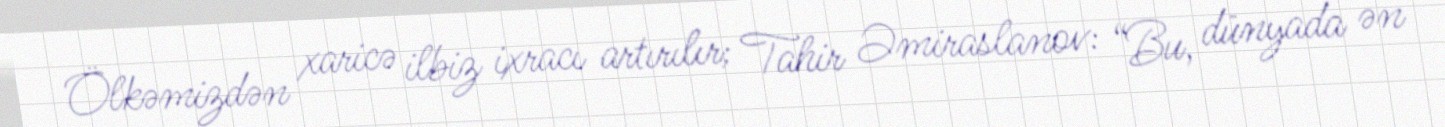
Ölkəmizdən xaricə ilbiz ixracı artırılır; Tahir Əmiraslanov: “Bu, dünyada ən